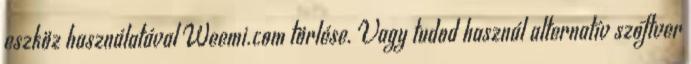
eszköz használatával Weemi.com törlése. Vagy tudod használ alternatív szoftver